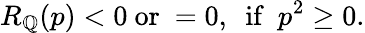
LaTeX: R_{\mathbb{Q}}(p)<0\ \mathrm{{or}}\ =0,\ \ \mathrm{{if}}\ \ p^{2}\geq0.